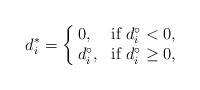
LaTeX: \begin{align*}d_i^*=\left\{\kern-1mm\begin{array}{ll}0, &\mbox{if}~d_i^\circ<0, \\d_i^\circ, &\mbox{if}~d_i^\circ\ge 0,\end{array}\right.\end{align*}